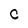
Character: C